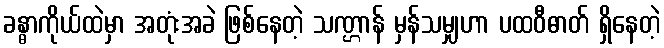
ခန္ဓာကိုယ်ထဲမှာ အတုံးအခဲ ဖြစ်နေတဲ့ သဏ္ဌာန် မှန်သမျှဟာ ပထဝီဓာတ် ရှိနေတဲ့